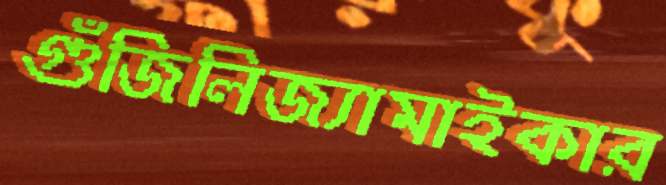
গুঁজিলিজ্যামাইকার